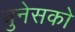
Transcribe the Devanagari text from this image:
युनेसको